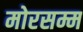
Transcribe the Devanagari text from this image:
मोरसम्म